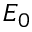
E _ { 0 }